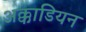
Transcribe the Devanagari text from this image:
अक्काडियन